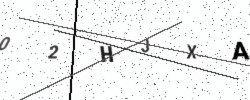
Text: 02HJXA